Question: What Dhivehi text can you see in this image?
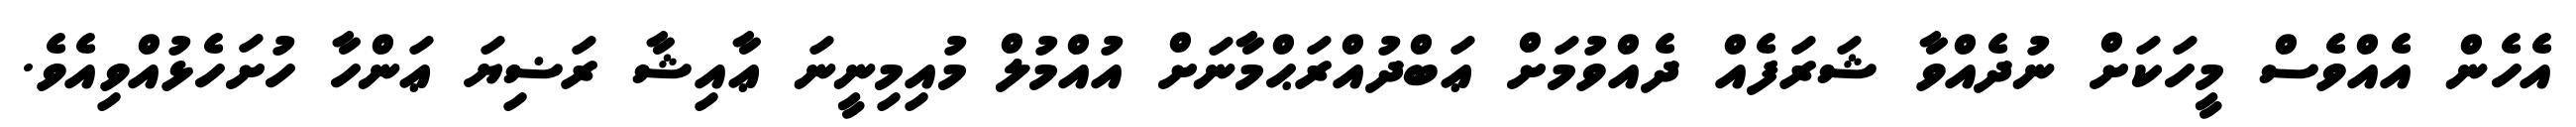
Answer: އެހެން އެއްވެސް މީހަކަށް ނުދެއްވާ ޝަރަފެއް ދެއްވުމަށް ޢަބްދުއްރަޙްމާނަށް އުއްމުލް މުއިމިނީނަ ޢާއިޝާ ރަޟިޔަ ޢަންހާ ހުށަހެޅުއްވިއެވެ.